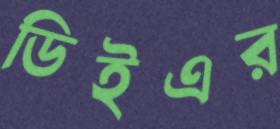
ডিইএর